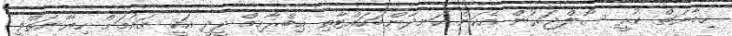
ހިމާޔަތް ކުރީ ސޯލްޖަރުން އެކަން ހަނދާންބަހައްޓާތި އިބްރާހިމް ދީދީ އަކީ ޤައުމަށް ހިޔާނަތްވީ